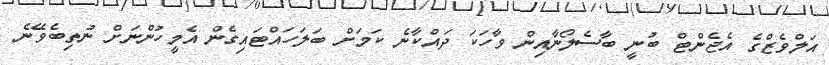
އަލްވެޒްގެ އެޖެންޓް ބުނީ ބާސެލޯނާއިން ވާހަކަ ދައްކާނެ ކަމަށް ބަލަހައްޓައިގެން އެމީހުންނަށް ނުތިބެވޭނެ